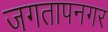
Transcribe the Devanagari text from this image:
जगतापनगर